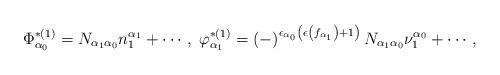
LaTeX: \begin{align*}\Phi _{\alpha _{0}}^{*(1)}=N_{\alpha _{1}\alpha _{0}}n_{1}^{\alpha_{1}}+\cdots ,\;\varphi _{\alpha _{1}}^{*(1)}=\left( -\right) ^{\epsilon_{\alpha _{0}}\left( \epsilon \left( f_{\alpha _{1}}\right) +1\right)}N_{\alpha _{1}\alpha _{0}}\nu _{1}^{\alpha _{0}}+\cdots , \end{align*}